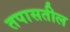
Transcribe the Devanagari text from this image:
तपासतील